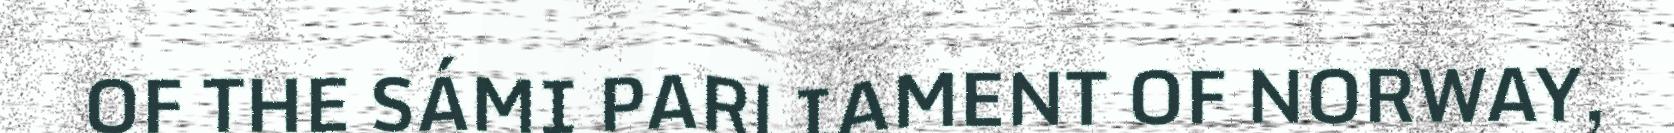
OF THE SÁMI PARLIAMENT OF NORWAY,